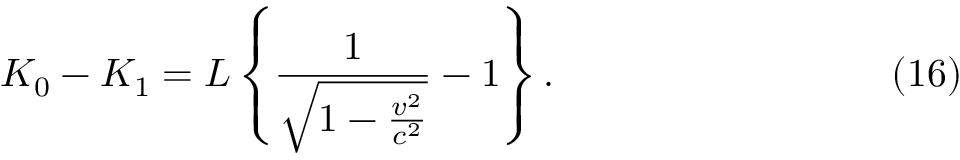
K _ { 0 } - K _ { 1 } = L \left\{ \frac { 1 } { \sqrt { 1 - \frac { v ^ { 2 } } { c ^ { 2 } } } } - 1 \right\} . \eqno ( 1 6 )